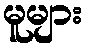
မူများ